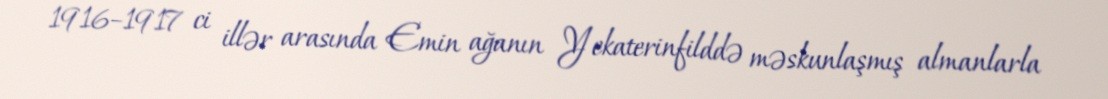
1916–1917 ci illər arasında Emin ağanın Yekaterinfilddə məskunlaşmış almanlarla